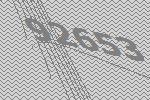
92653